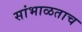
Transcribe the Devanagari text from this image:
सांभाळताच